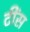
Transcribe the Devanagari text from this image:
टींस